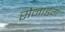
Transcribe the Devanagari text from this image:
सेनाडंग